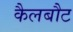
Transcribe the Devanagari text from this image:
कैलबौट